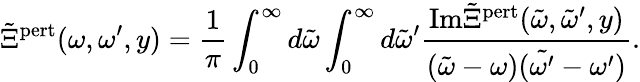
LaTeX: \tilde{\Xi}^{\mathrm{pert}}(\omega,\omega^{\prime},y)=\frac{1}{\pi}\int_{0}^{\infty}d\tilde{\omega}\int_{0}^{\infty}d\tilde{\omega}^{\prime}\frac{\mathrm{Im}\tilde{\Xi}^{\mathrm{pert}}(\tilde{\omega},\tilde{\omega}^{\prime},y)}{(\tilde{\omega}-\omega)(\tilde{\omega^{\prime}}-\omega^{\prime})}.